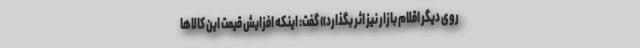
روی دیگر اقلام بازار نیز اثر بگذارد» گفت: اینکه افزایش قیمت این کالاها